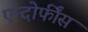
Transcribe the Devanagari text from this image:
एन्दोर्फींस